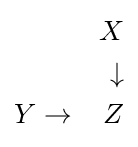
{\begin{aligned}&&X\\&&\downarrow \\Y&\rightarrow &Z\end{aligned}}